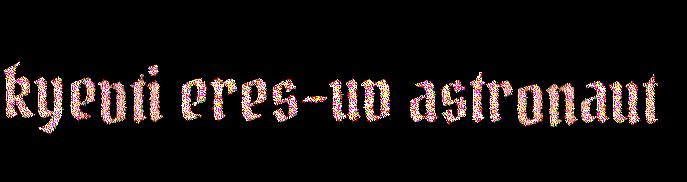
kyevti eres-uv astronaut